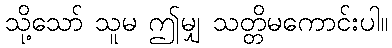
သို့သော် သူမ ဤမျှ သတ္တိမကောင်းပါ။